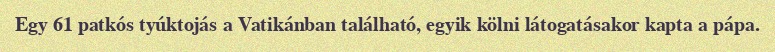
Egy 61 patkós tyúktojás a Vatikánban található, egyik kölni látogatásakor kapta a pápa.